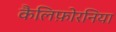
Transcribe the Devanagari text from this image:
कैलिफ़ोरनिया